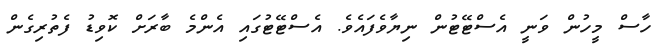
ހާސް މީހުން ވަނީ އެސްޓޭޓުން ނިޔާވެފައެވެ. އެސްޓޭޓުގައި އެންމެ ބާރަށް ކޮވިޑު ފެތުރިގެން